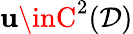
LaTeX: \mathbf{u}\inC^{2}(\mathcal{{D}})